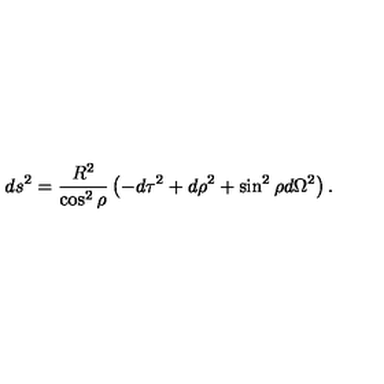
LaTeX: d s ^ { 2 } = \frac { R ^ { 2 } } { \cos ^ { 2 } { \rho } } \left( - d \tau ^ { 2 } + d \rho ^ { 2 } + \sin ^ { 2 } { \rho } d \Omega ^ { 2 } \right) .